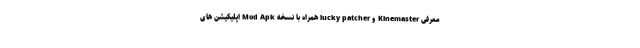
معرفی Kinemaster و lucky patcher همراه با نسخه Mod Apk اپلیکیشن های